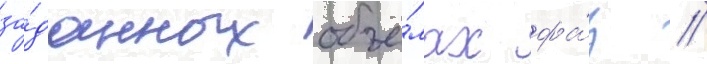
за́данных объё́мах фа́з //